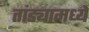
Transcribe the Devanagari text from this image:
तांड्यामध्ये